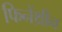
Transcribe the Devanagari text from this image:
फिनेंथ्रीन